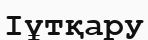
Іұтқару